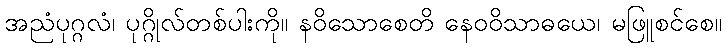
အညံပုဂ္ဂလံ၊ ပုဂ္ဂိုလ်တစ်ပါးကို။ နဝိသောစေတိ နေဝဝိသာဓယေ၊ မဖြူစင်စေ။